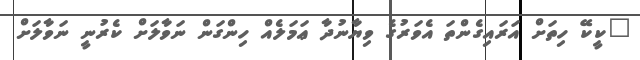
"ކީކޭ ހިތަށް އަރައިގެންތަ އެވަރުގެ ވިޔާނުދާ ޢަމަލެއް ހިންގަން ނަވާލަށް ކެރުނީ ނަވާލަށް